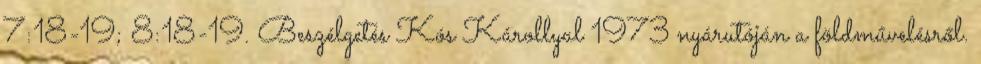
7:18-19; 8:18-19. Beszélgetés Kós Károllyal 1973 nyárutóján a földművelésről.